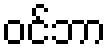
ဝင်ဘာ